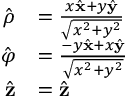
{ \begin{array} { r l } { { \hat { \boldsymbol { \rho } } } } & { = { \frac { x { \hat { \mathbf { x } } } + y { \hat { \mathbf { y } } } } { \sqrt { x ^ { 2 } + y ^ { 2 } } } } } \\ { { \hat { \boldsymbol { \varphi } } } } & { = { \frac { - y { \hat { \mathbf { x } } } + x { \hat { \mathbf { y } } } } { \sqrt { x ^ { 2 } + y ^ { 2 } } } } } \\ { { \hat { \mathbf { z } } } } & { = { \hat { \mathbf { z } } } } \end{array} }